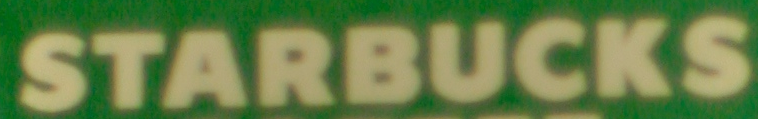
STARBUCKS